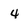
Character: 4